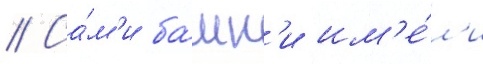
// Са́м'и ба́шн'и им'е́л'и